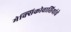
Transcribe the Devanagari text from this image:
मेक्सिकोवासियांचे